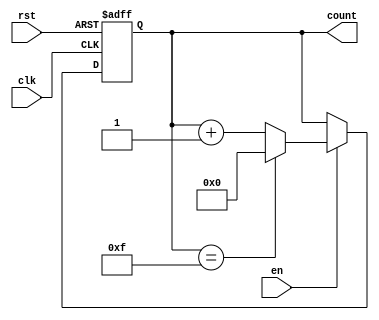
module synchronous_counter #(
    parameter WIDTH = 4  // Define the width of the counter (e.g., 4 bits)
)(
    input wire clk,      // Clock input
    input wire rst,      // Asynchronous reset (active high)
    input wire en,       // Enable signal (active high)
    output reg [WIDTH-1:0] count // Counter value output
);

// Always block for synchronous operation
always @(posedge clk or posedge rst) begin
    if (rst) begin
        count <= 0; // Reset the counter to zero
    end else if (en) begin
        if (count == (2**WIDTH - 1)) begin
            count <= 0; // Roll over to zero if maximum count is reached
        end else begin
            count <= count + 1; // Increment the counter
        end
    end
end

endmodule